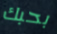
بحبك